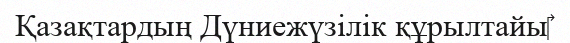
Қазақтардың Дүниежүзілік құрылтайы‎